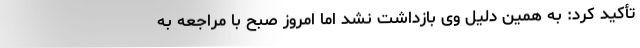
تأکید کرد: به همین دلیل وی بازداشت نشد اما امروز صبح با مراجعه به